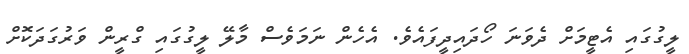
ލީގުގައި އެޓީމަށް ދެވަނަ ހޯދައިދީފައެވެ. އެހެން ނަމަވެސް މާލޭ ލީގުގައި ގްރީން ވަރުގަދަކޮށް